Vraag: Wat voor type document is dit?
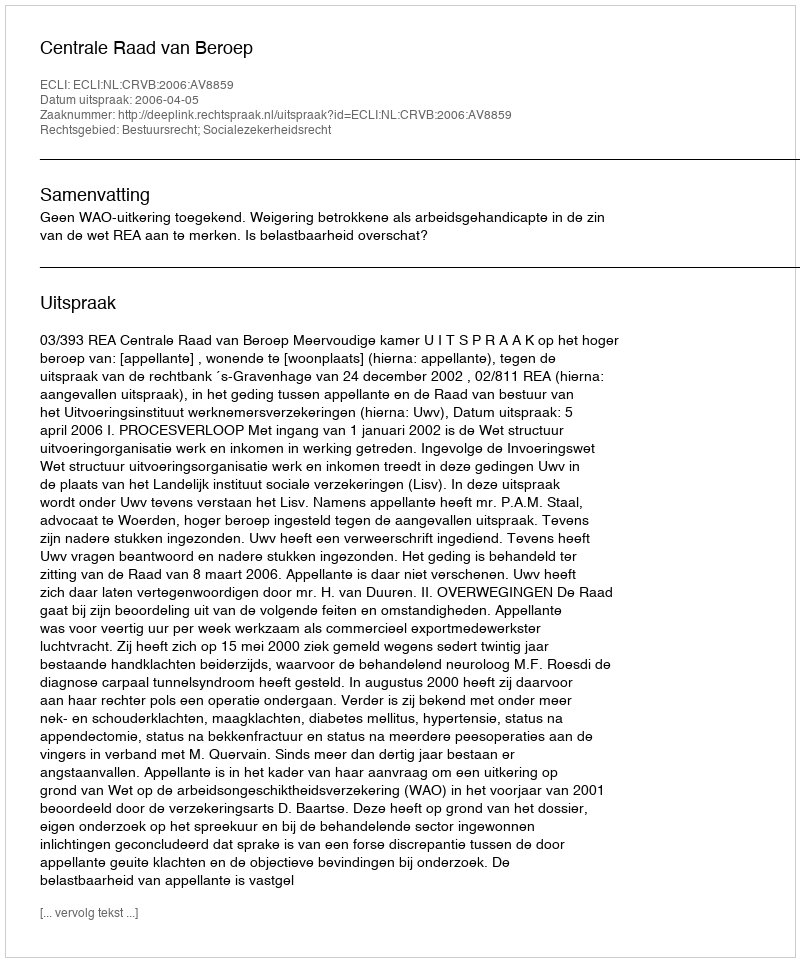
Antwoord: Uitspraak